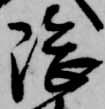
隈